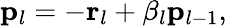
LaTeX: \mathbf{p}_{l}=-\mathbf{r}_{l}+\beta_{l}\mathbf{p}_{{l-1}},